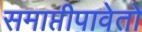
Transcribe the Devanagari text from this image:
समाप्तीपावेतो